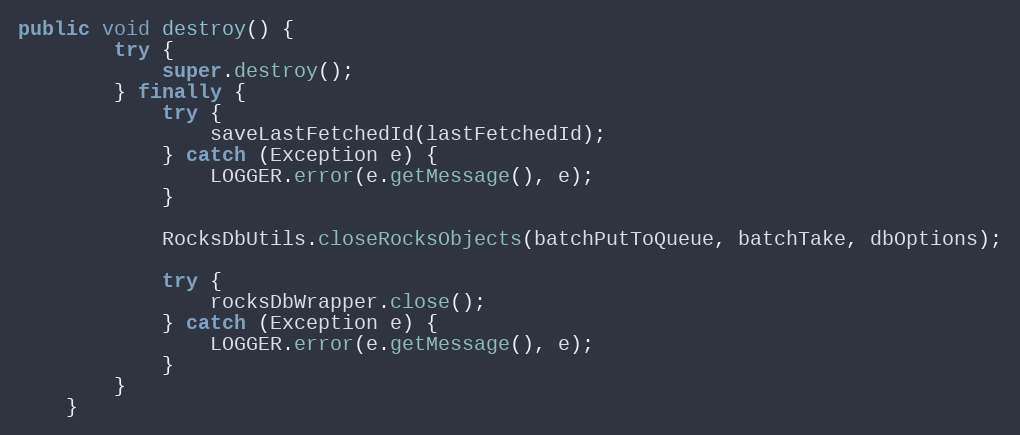
Language: Java
public void destroy() {
        try {
            super.destroy();
        } finally {
            try {
                saveLastFetchedId(lastFetchedId);
            } catch (Exception e) {
                LOGGER.error(e.getMessage(), e);
            }

            RocksDbUtils.closeRocksObjects(batchPutToQueue, batchTake, dbOptions);

            try {
                rocksDbWrapper.close();
            } catch (Exception e) {
                LOGGER.error(e.getMessage(), e);
            }
        }
    }